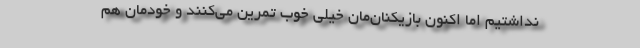
نداشتیم اما اکنون بازیکنان‌مان خیلی خوب تمرین می‌کنند و خودمان هم